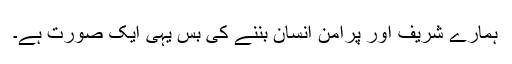
ہمارے شریف اور پرامن انسان بننے کی بس یہی ایک صورت ہے۔